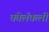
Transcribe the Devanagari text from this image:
कोलॅकली